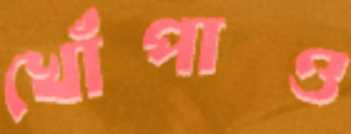
খোঁপাও